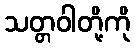
သတ္တဝါတို့ကို